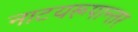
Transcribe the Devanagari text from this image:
नाटयरूपान्तर